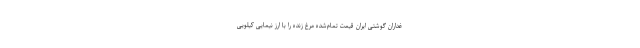
غداران گوشتی ایران قیمت تمام‌شده مرغ زنده را با ارز نیمایی کیلویی